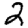
Digit: 2